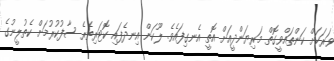
ވަރަކަށް ކަންތައްވީގޮތް މަރިޔަންދީއަށް އޮތީ އެނގިފައެވެ. ލޫކަން އިނދެފައި ކޮޓަރިތެރެ ސާފުކުރުމަށް ކެތުލީނުގެ